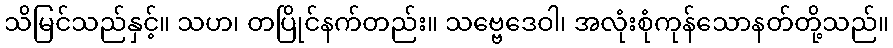
သိမြင်သည်နှင့်။ သဟ၊ တပြိုင်နက်တည်း။ သဗ္ဗေဒေဝါ၊ အလုံးစုံကုန်သောနတ်တို့သည်။